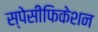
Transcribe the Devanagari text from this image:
स्पेसीफिकेशन